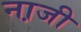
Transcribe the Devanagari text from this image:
ना़जी